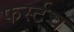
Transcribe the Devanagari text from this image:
फर्स्टच